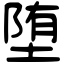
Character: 堕